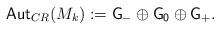
LaTeX: \begin{align*}{\sf Aut}_{CR}(M_k):={\sf G}_-\oplus {\sf G_0}\oplus {\sf G}_+.\end{align*}